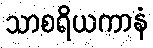
သာစရိယကာနံ